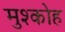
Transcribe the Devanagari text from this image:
मुश्कोह